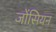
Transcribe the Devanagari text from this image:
जोंसियन